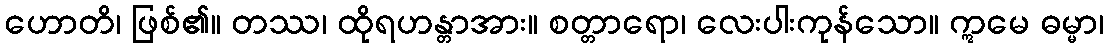
ဟောတိ၊ ဖြစ်၏။ တဿ၊ ထိုရဟန္တာအား။ စတ္တာရော၊ လေးပါးကုန်သော။ ဣမေ ဓမ္မာ၊